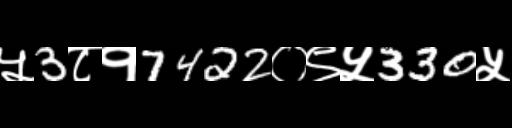
Text: ५3८१7422०९५330५